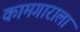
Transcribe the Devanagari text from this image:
कामगाराला